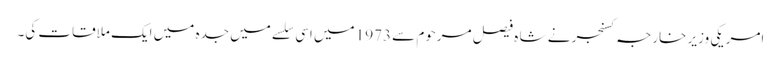
امریکی وزیرِ خارجہ کسنجر نے شا ه فیصل مرحوم سے 1973 میں اسی سلسے میں جدہ میں ایک ملاقات کی۔